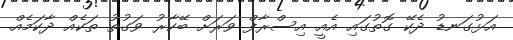
އަޅުގަނޑު ދެކޭ ގޮތުގައި އެއީ އިސްރާފް ވަރަށް ބޭކާރު ވަގުތު ތަކެއް ދާކަމެއް.